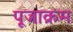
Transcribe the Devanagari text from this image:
पूजाक्रम